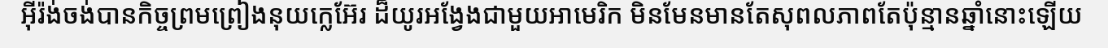
អ៊ីរ៉ង់ចង់បានកិច្ចព្រមព្រៀងនុយក្លេអ៊ែរ ដ៏យូរអង្វែងជាមួយអាមេរិក មិនមែនមានតែសុពលភាពតែប៉ុន្មានឆ្នាំនោះឡើយ